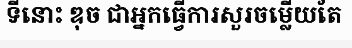
ទីនោះ ឌុច ជាអ្នកធ្វើការសួរចម្លើយតែ